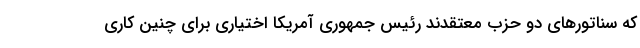
که سناتورهای دو حزب معتقدند رئیس جمهوری آمریکا اختیاری برای چنین کاری